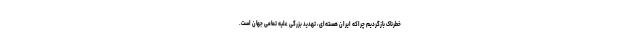
خطرناک بازگردیم چراکه ایران هسته‌ای، تهدید بزرگی علیه تمامی جهان است.